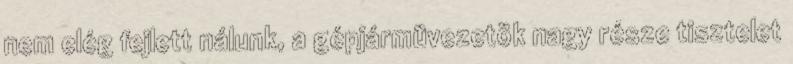
nem elég fejlett nálunk, a gépjármüvezetök nagy része tisztelet